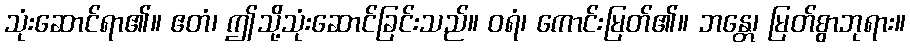
သုံးဆောင်ရာ၏။ ဧတံ၊ ဤသို့သုံးဆောင်ခြင်းသည်။ ဝရံ၊ ကောင်းမြတ်၏။ ဘန္တေ၊ မြတ်စွာဘုရား။